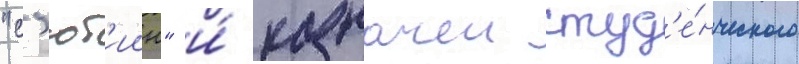
"с'ют'иин" и́ казначеи студ'е́нческого